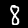
Label: 8